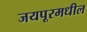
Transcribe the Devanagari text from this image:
जयपूरमधील